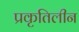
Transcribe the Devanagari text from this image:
प्रकृतिलीन